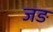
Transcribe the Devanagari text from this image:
जङ